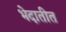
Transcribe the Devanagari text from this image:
भेदातीत